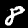
Digit: 8